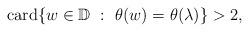
LaTeX: \begin{align*}\operatorname{card}\{w\in\mathbb D\ :\ \theta(w)=\theta(\lambda)\}>2,\end{align*}